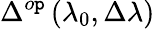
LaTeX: \Delta^{o\mathtt{p}}\left(\lambda_{0},\Delta\lambda\right)